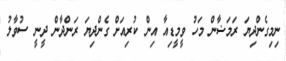
ނިމިގެންދިޔަ ރަމަޟާން މަހު ވީމީޑިއާ އިން ކުރިއަށް ގެންދިޔަ ރަންދާން ދީނީ ސުވާލު